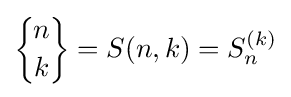
{\biggl \{}{\!n\! \atop \!k\!}{\biggr \}}=S(n,k)=S_{n}^{(k)}